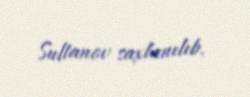
Sultanov saxlanılıb.